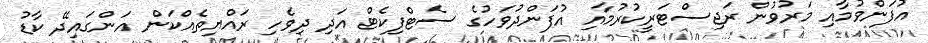
އުފަންވުމާއި މަރުވުން ރަޖިސްޓަރީކުރުމާއި އުފަންދުވަހުގެ ސެޓްފިކެޓް އަދި ދިވެހި ރައްޔިތެއްކަން އަންގައިދޭ ކާޑު